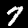
Label: 7